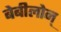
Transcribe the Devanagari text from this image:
बेबीलोन्